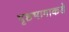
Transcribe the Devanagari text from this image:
पृष्ठभागाकडे